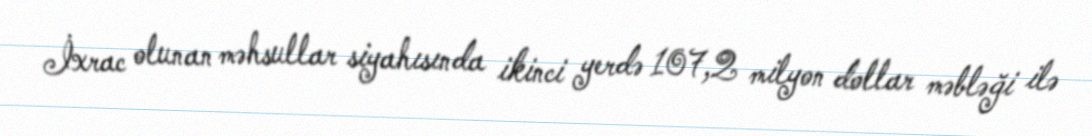
İxrac olunan məhsullar siyahısında ikinci yerdə 107,2 milyon dollar məbləği ilə